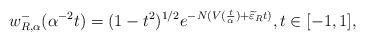
LaTeX: \begin{align*} w_{R,\alpha}^-(\alpha^{-2} t) & = (1-t^2)^{1/2} e^{-N(V(\frac{t}{\alpha}) +\widetilde{\varepsilon}_R t)},t \in [-1,1],\end{align*}